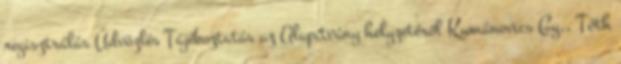
regisztrálás Üdvözlés Tájékoztatás az Alapítvány helyzetéről Kumánovics Gy., Tóth